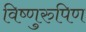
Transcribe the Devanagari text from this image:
विष्णुरुपिण